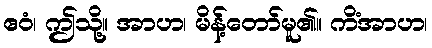
ဧဝံ၊ ဤသို့။ အာဟ၊ မိန့်တော်မူ၏။ ကိံအာဟ၊